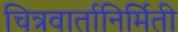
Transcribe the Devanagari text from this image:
चित्रवार्तानिर्मिती